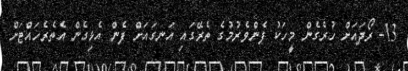
13- ރޯދައަށް ހުރެގެން މީހަކު ފެންވެރުމުގެ ތެރޭގައި އަނގައަށް ފެން އެޅިގެން އެތެރެހައްޓަށް